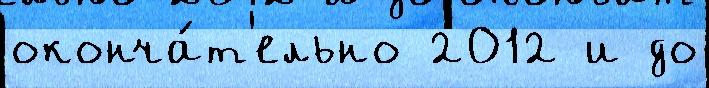
оконча́т'ельно 2012 и до